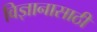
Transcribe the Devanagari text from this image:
विज्ञानासाठी